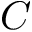
C